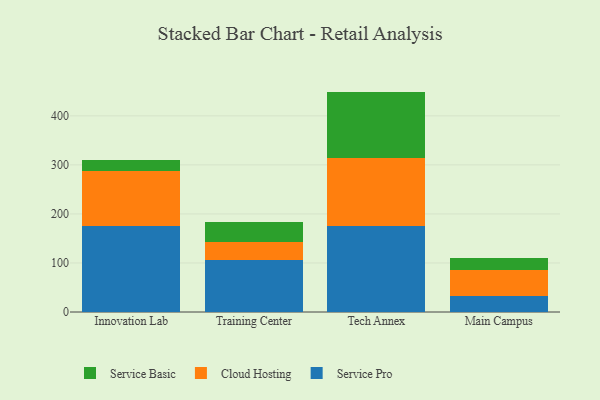
{"axis": {"x": "Campus", "y": "LTV (USD)"}, "legend": ["Cloud Hosting", "Service Basic", "Service Pro"], "data": [{"x": "Innovation Lab", "y": 174.5, "type": "Service Pro"}, {"x": "Innovation Lab", "y": 112.8, "type": "Cloud Hosting"}, {"x": "Innovation Lab", "y": 21.9, "type": "Service Basic"}, {"x": "Training Center", "y": 106.2, "type": "Service Pro"}, {"x": "Training Center", "y": 36.7, "type": "Cloud Hosting"}, {"x": "Training Center", "y": 41.3, "type": "Service Basic"}, {"x": "Tech Annex", "y": 176.0, "type": "Service Pro"}, {"x": "Tech Annex", "y": 138.1, "type": "Cloud Hosting"}, {"x": "Tech Annex", "y": 135.4, "type": "Service Basic"}, {"x": "Main Campus", "y": 33.5, "type": "Service Pro"}, {"x": "Main Campus", "y": 52.9, "type": "Cloud Hosting"}, {"x": "Main Campus", "y": 23.9, "type": "Service Basic"}]}